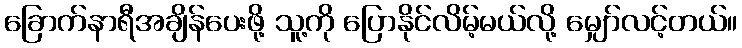
ခြောက်နာရီအချိန်ပေးဖို့ သူ့ကို ပြောနိုင်လိမ့်မယ်လို့ မျှော်လင့်တယ်။